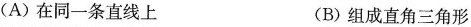
(A)在同一条直线上 (B)组成直角三角形